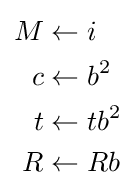
{\begin{aligned}M&\leftarrow i\\c&\leftarrow b^{2}\\t&\leftarrow tb^{2}\\R&\leftarrow Rb\end{aligned}}